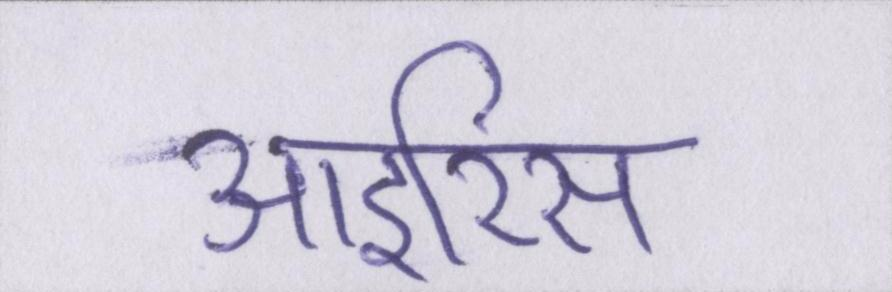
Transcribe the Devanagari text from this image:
आइरिस